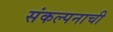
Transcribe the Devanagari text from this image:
संकल्पनाची